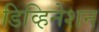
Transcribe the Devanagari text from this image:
डिव्हिनेशन